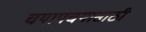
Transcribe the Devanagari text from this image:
चयापचयासाठी